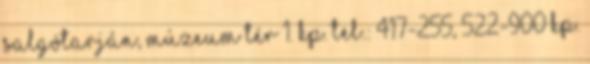
Salgótarján, Múzeum tér 1. Kp. tel.: 417-255, 522-900 Kp.